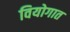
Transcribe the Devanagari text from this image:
वियोगात